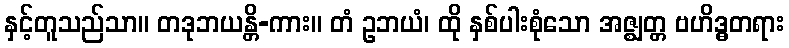
နှင့်တူသည်သာ။ တဒုဘယန္တိ-ကား။ တံ ဥဘယံ၊ ထို နှစ်ပါးစုံသော အဇ္ဈတ္တ ဗဟိဒ္ဓတရား